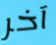
آخر